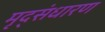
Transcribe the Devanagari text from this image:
मृद्‌संधारण